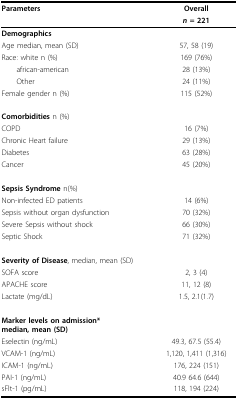
<table><thead><tr><td><b>Parameters</b></td><td><b>Overall</b></td></tr><tr><td></td><td><b><i>n </i>= 221</b></td></tr></thead><tbody><tr><td><b>Demographics</b></td><td></td></tr><tr><td>Age median, mean (SD)</td><td>57, 58 (19)</td></tr><tr><td>Race: white n (%)</td><td>169 (76%)</td></tr><tr><td> african-american</td><td>28 (13%)</td></tr><tr><td> Other</td><td>24 (11%)</td></tr><tr><td>Female gender n (%)</td><td>115 (52%)</td></tr><tr><td><b>Comorbidities </b>n (%)</td><td></td></tr><tr><td>COPD</td><td>16 (7%)</td></tr><tr><td>Chronic Heart failure</td><td>29 (13%)</td></tr><tr><td>Diabetes</td><td>63 (28%)</td></tr><tr><td>Cancer</td><td>45 (20%)</td></tr><tr><td><b>Sepsis Syndrome </b>n(%)</td><td></td></tr><tr><td>Non-infected ED patients</td><td>14 (6%)</td></tr><tr><td>Sepsis without organ dysfunction</td><td>70 (32%)</td></tr><tr><td>Severe Sepsis without shock</td><td>66 (30%)</td></tr><tr><td>Septic Shock</td><td>71 (32%)</td></tr><tr><td><b>Severity of Disease</b>, median, mean (SD)</td><td></td></tr><tr><td>SOFA score</td><td>2, 3 (4)</td></tr><tr><td>APACHE score</td><td>11, 12 (8)</td></tr><tr><td>Lactate (mg/dL)</td><td>1.5, 2.1(1.7)</td></tr><tr><td><b>Marker levels on admission*</b><b>median, mean (SD)</b></td><td></td></tr><tr><td>Eselectin (ng/mL)</td><td>49.3, 67.5 (55.4)</td></tr><tr><td>VCAM-1 (ng/mL)</td><td>1,120, 1,411 (1,316)</td></tr><tr><td>ICAM-1 (ng/mL)</td><td>176, 224 (151)</td></tr><tr><td>PAI-1 (ng/mL)</td><td>40.9 64.6 (644)</td></tr><tr><td>sFlt-1 (pg/mL)</td><td>118, 194 (224)</td></tr></tbody></table>